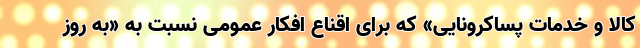
کالا و خدمات پساکرونایی» که برای اقناع افکار عمومی نسبت به «به روز